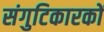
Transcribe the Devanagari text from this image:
संगुटिकारकों